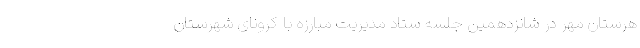
هرستان مهر در شانزدهمین جلسه ستاد مدیریت مبارزه با کرونای شهرستان